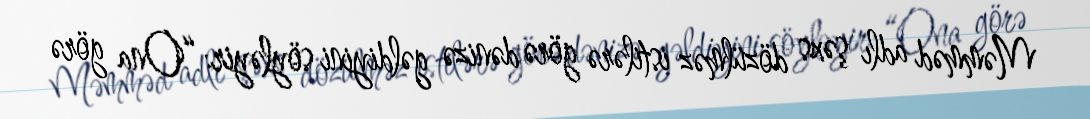
Məmməd adlı şəxs dözülməz istilərə görə dənizə gəldiyini söyləyir: “Ona görə